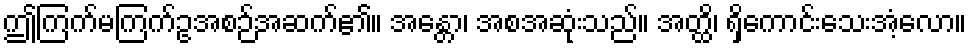
ဤကြက်မကြက်ဥအစဉ်အဆက်၏။ အန္တော၊ အစအဆုံးသည်။ အတ္ထိ၊ ရှိကောင်းသေးအံ့လော။